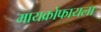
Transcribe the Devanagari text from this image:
मायक्रोफायला